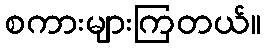
စကားများကြတယ်။